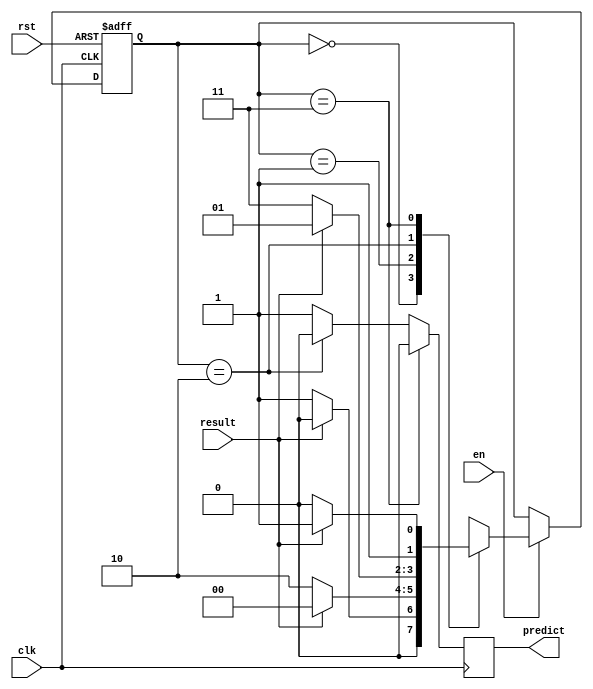
`timescale 1ns / 1ps

module BP_2Bit(
    input wire clk, rst, en,
    input wire result, //Taken = 1, Not Taken = 0
    output reg predict //Taken = 1, Not Taken = 0
    );
    
    parameter s1 = 2'b00;
    parameter s2 = 2'b01;
    parameter s3 = 2'b10;
    parameter s4 = 2'b11;
    
    reg [1:0] present_state, next_state;
    
    always @(present_state, result)
    begin
        case(present_state)
        s1: //Strongly taken
        begin
            if(result)
                next_state = s1; //Stay in state 1 (Strongly Taken)
            else
                next_state = s2; //Move to state 2 (Weakly Taken)
        end
        s2: //Weakly taken
        begin
            if(result)
                next_state = s1; //Move to state 1 (Strongly Taken)
            else
                next_state = s3; //Move to state 3 (Weakly Not Taken)
        end
        s3: //Weakly not taken
        begin
            if(result)
                next_state = s2; //Move to state 2 (Weakly Taken)
            else
                next_state = s4; //Move to state 4 (Strongly Not Taken) 
        end
        s4: //Strongly not taken
        begin
            if(result)
                next_state = s4; //Stay in state 4 (Strongly Not Taken)
            else
                next_state = s3; //Move to state 3 (Weakly Not Taken)
        end
        default: next_state = s1;
        endcase     
    end
    always @ (posedge clk)
    begin
        if (present_state == s4)
            predict = 0;
        else if (present_state == s3)
            predict = 0;
        else if (present_state == s2)
            predict = 1;
        else
            predict = 1; 
    end
    
    always @ (posedge clk, posedge rst)
    begin
        if (rst == 1'b1)
            present_state = s1;
        else if(en == 1'b1)
            present_state = next_state;
    end
endmodule